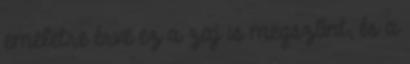
emeletre érve ez a zaj is megszűnt, és a